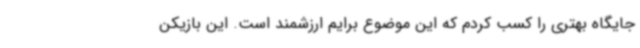
جایگاه بهتری را کسب کردم که این موضوع برایم ارزشمند است. این بازیکن